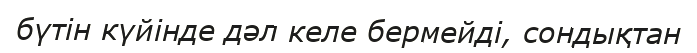
бүтін күйінде дәл келе бермейді, сондықтан